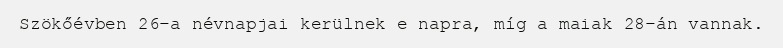
Szökőévben 26-a névnapjai kerülnek e napra, míg a maiak 28-án vannak.